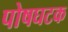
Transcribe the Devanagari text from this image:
पोषघटक